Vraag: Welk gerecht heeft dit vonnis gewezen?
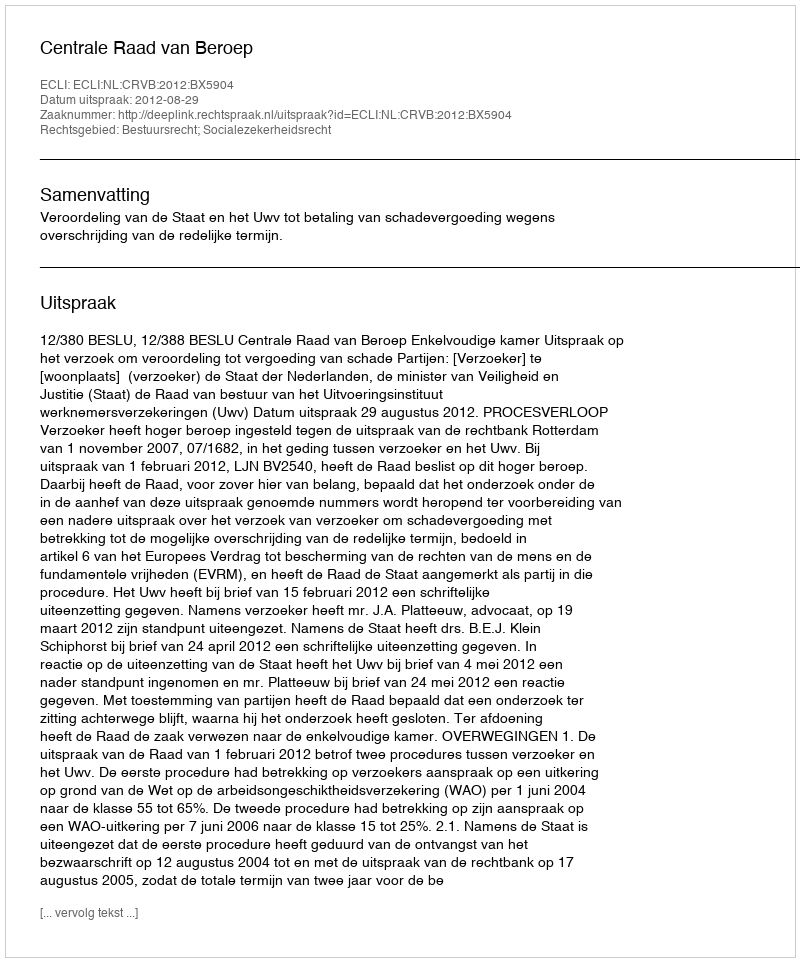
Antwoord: Centrale Raad van Beroep